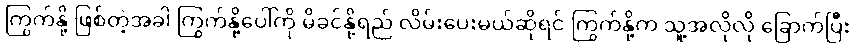
ကြွက်နို့ ဖြစ်တဲ့အခါ ကြွက်နို့ပေါ်ကို မိခင်နို့ရည် လိမ်းပေးမယ်ဆိုရင် ကြွက်နို့က သူ့အလိုလို ခြောက်ပြီး